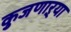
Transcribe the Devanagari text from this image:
कुजणाऱ्या